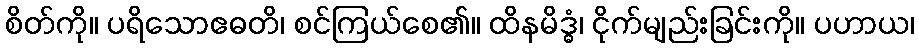
စိတ်ကို။ ပရိသောဧဓတိ၊ စင်ကြယ်စေ၏။ ထိနမိဒ္ဓံ၊ ငိုက်မျည်းခြင်းကို။ ပဟာယ၊